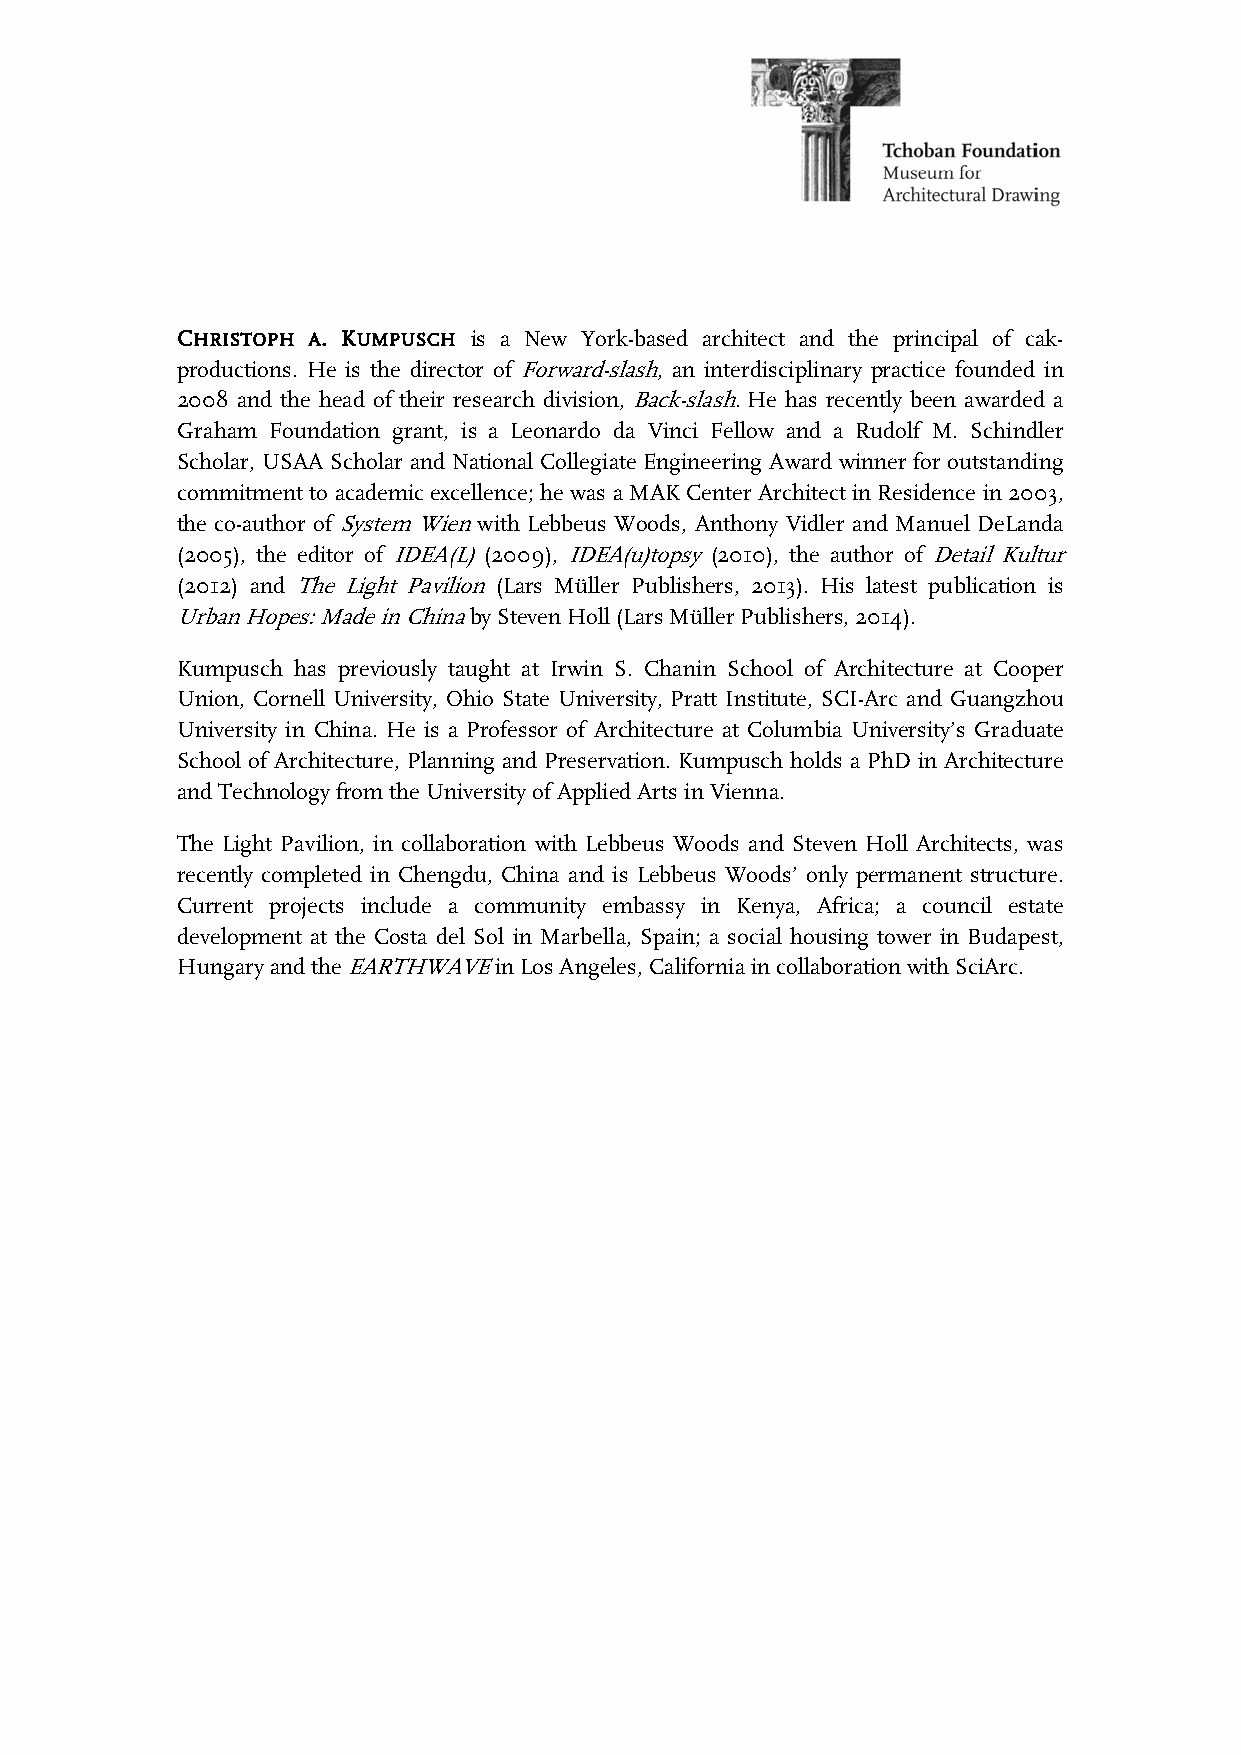
CHRISTOPH A. KUMPUSCH is a New York-based architect and the principal of cak-
 productions. He is the director of Forward-slash, an interdisciplinary practice founded in
 2008 and the head of their research division, Back-slash. He has recently been awarded a
 Graham Foundation grant, is a Leonardo da Vinci Fellow and a Rudolf M. Schindler
 Scholar, USAA Scholar and National Collegiate Engineering Award winner for outstanding
 commitment to academic excellence; he was a MAK Center Architect in Residence in 2003,
 the co-author of System Wien with Lebbeus Woods, Anthony Vidler and Manuel DeLanda
 (2005), the editor of IDEA(L) (2009), IDEA(u)topsy (2010), the author of Detail Kultur
 (2012) and The Light Pavilion (Lars Müller Publishers, 2013). His latest publication is
 Urban Hopes: Made in China by Steven Holl (Lars Müller Publishers, 2014).
 Kumpusch has previously taught at Irwin S. Chanin School of Architecture at Cooper
 Union, Cornell University, Ohio State University, Pratt Institute, SCI-Arc and Guangzhou
 University in China. He is a Professor of Architecture at Columbia University’s Graduate
 School of Architecture, Planning and Preservation. Kumpusch holds a PhD in Architecture
 and Technology from the University of Applied Arts in Vienna.
 The Light Pavilion, in collaboration with Lebbeus Woods and Steven Holl Architects, was
 recently completed in Chengdu, China and is Lebbeus Woods’ only permanent structure.
 Current projects include a community embassy in Kenya, Africa; a council estate
 development at the Costa del Sol in Marbella, Spain; a social housing tower in Budapest,
 Hungary and the EARTHWAVE in Los Angeles, California in collaboration with SciArc.